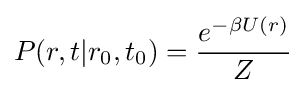
P(r,t|r_{0},t_{0})={\frac {e^{-\beta U(r)}}{Z}}